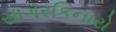
સાગરકિનારો